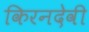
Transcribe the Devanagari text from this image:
किरनदेवी